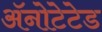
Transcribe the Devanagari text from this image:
ॲनोटेटेड